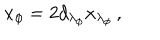
LaTeX: x _ { \phi } = 2 d _ { \lambda _ { \phi } } x _ { \lambda _ { \phi } } \, ,